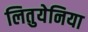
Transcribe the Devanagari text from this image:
लितुयेनिया